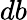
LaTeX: db